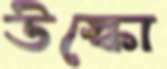
উস্‌কো